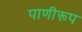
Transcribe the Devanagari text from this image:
पाणीरूप